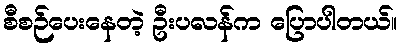
စီစဉ်ပေးနေတဲ့ ဦးပလန်က ပြောပါတယ်။